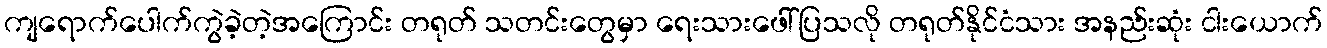
ကျရောက်ပေါက်ကွဲခဲ့တဲ့အကြောင်း တရုတ် သတင်းတွေမှာ ရေးသားဖေါ်ပြသလို တရုတ်နိုင်ငံသား အနည်းဆုံး ငါးယောက်